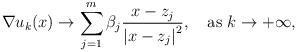
LaTeX: \begin{align*}\nabla u_{k}(x)\to\sum^{m}_{j=1}\beta_{j}\frac{x-z_j}{\left|x-z_j\right|^{2}},\quad\mbox{as }k\to+\infty,\end{align*}